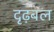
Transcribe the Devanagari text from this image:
दृढ़बल